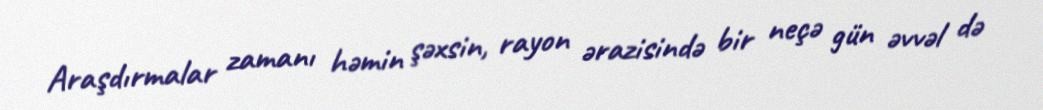
Araşdırmalar zamanı həmin şəxsin, rayon ərazisində bir neçə gün əvvəl də